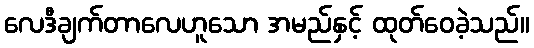
လေဒီချက်တာလေဟူသော အမည်နှင့် ထုတ်ဝေခဲ့သည်။